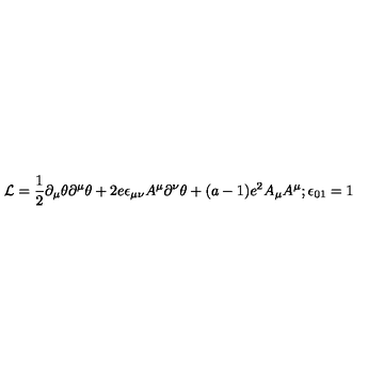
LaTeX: { \cal L } = \frac 1 2 \partial _ { \mu } \theta \partial ^ { \mu } \theta + 2 e \epsilon _ { \mu \nu } A ^ { \mu } \partial ^ { \nu } \theta + ( a - 1 ) e ^ { 2 } A _ { \mu } A ^ { \mu } ; \epsilon _ { 0 1 } = 1